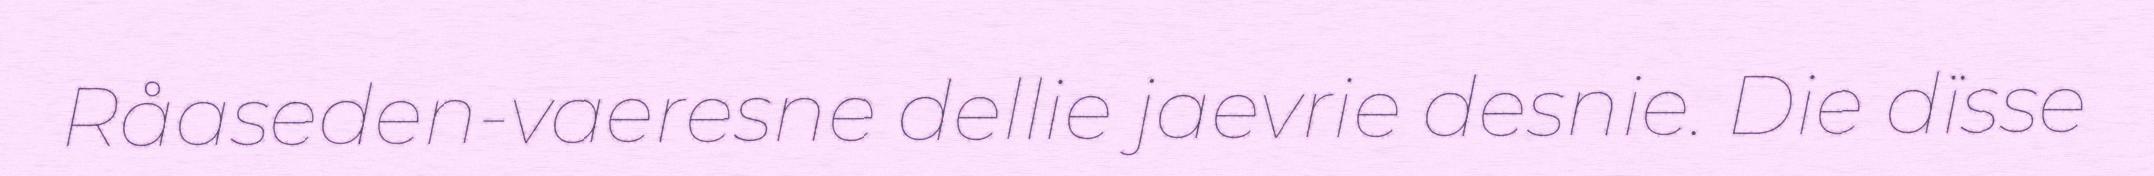
Råaseden-vaeresne dellie jaevrie desnie. Die dïsse